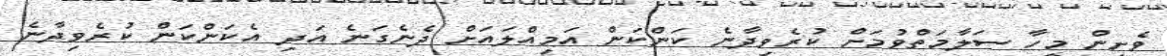
ވެށިން މީހާ ސަލާމަތްވުމަށް ކުރެވިދާނެ ކަންކަން އަމިއްލައަށް ދެނެގަނެ އަދި އެކަންކަން ކުރެވިދާނެ